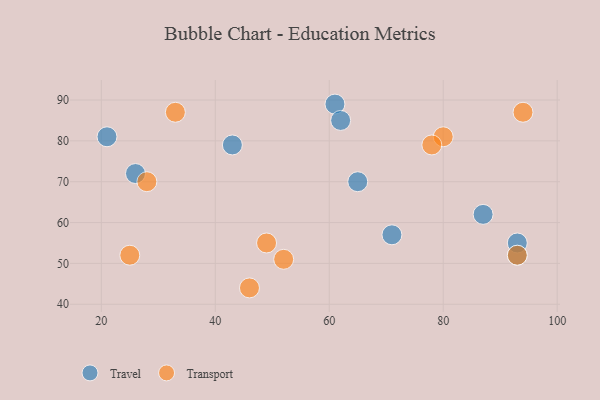
{"axis": {"x": "GDP", "y": "Life Expectancy"}, "legend": ["Transport", "Travel"], "data": [{"x": "71", "y": 57, "type": "Travel"}, {"x": "26", "y": 72, "type": "Travel"}, {"x": "65", "y": 70, "type": "Travel"}, {"x": "61", "y": 89, "type": "Travel"}, {"x": "43", "y": 79, "type": "Travel"}, {"x": "62", "y": 85, "type": "Travel"}, {"x": "21", "y": 81, "type": "Travel"}, {"x": "93", "y": 55, "type": "Travel"}, {"x": "93", "y": 52, "type": "Travel"}, {"x": "87", "y": 62, "type": "Travel"}, {"x": "93", "y": 52, "type": "Transport"}, {"x": "25", "y": 52, "type": "Transport"}, {"x": "94", "y": 87, "type": "Transport"}, {"x": "33", "y": 87, "type": "Transport"}, {"x": "80", "y": 81, "type": "Transport"}, {"x": "78", "y": 79, "type": "Transport"}, {"x": "46", "y": 44, "type": "Transport"}, {"x": "49", "y": 55, "type": "Transport"}, {"x": "28", "y": 70, "type": "Transport"}, {"x": "52", "y": 51, "type": "Transport"}]}